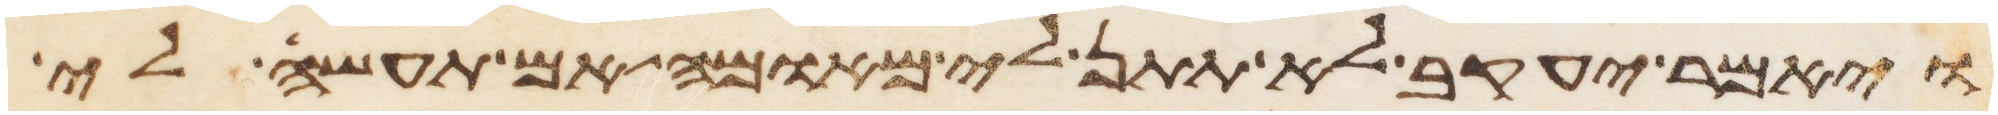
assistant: ויאמר יעקב לא תתן לי מאומה אם תעשה לי